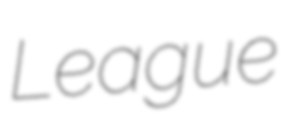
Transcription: League